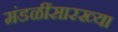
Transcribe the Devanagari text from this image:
मंडळींसारख्या